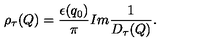
\displaystyle { \raisebox { 0 . 9 e x } { \scriptsize { \diamond } } } \mathrm { } \rho _ { \tau } ( Q ) = \frac { \epsilon ( q _ { 0 } ) } { \pi } I m \frac { 1 } { \displaystyle { \raisebox { 1 . 1 e x } { \scriptsize { \diamond } } } \mathrm { } D _ { \tau } ( Q ) } .